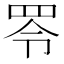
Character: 𦊓